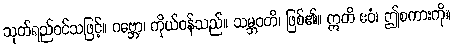
သုတ်ရည်ဝင်သဖြင့်။ ဂဗ္ဘော၊ ကိုယ်ဝန်သည်။ သမ္ဘဝတိ၊ ဖြစ်၏။ ဣတိ ဧဝံ၊ ဤစကားကို။